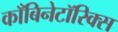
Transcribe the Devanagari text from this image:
काँबिनेटॉरिक्स